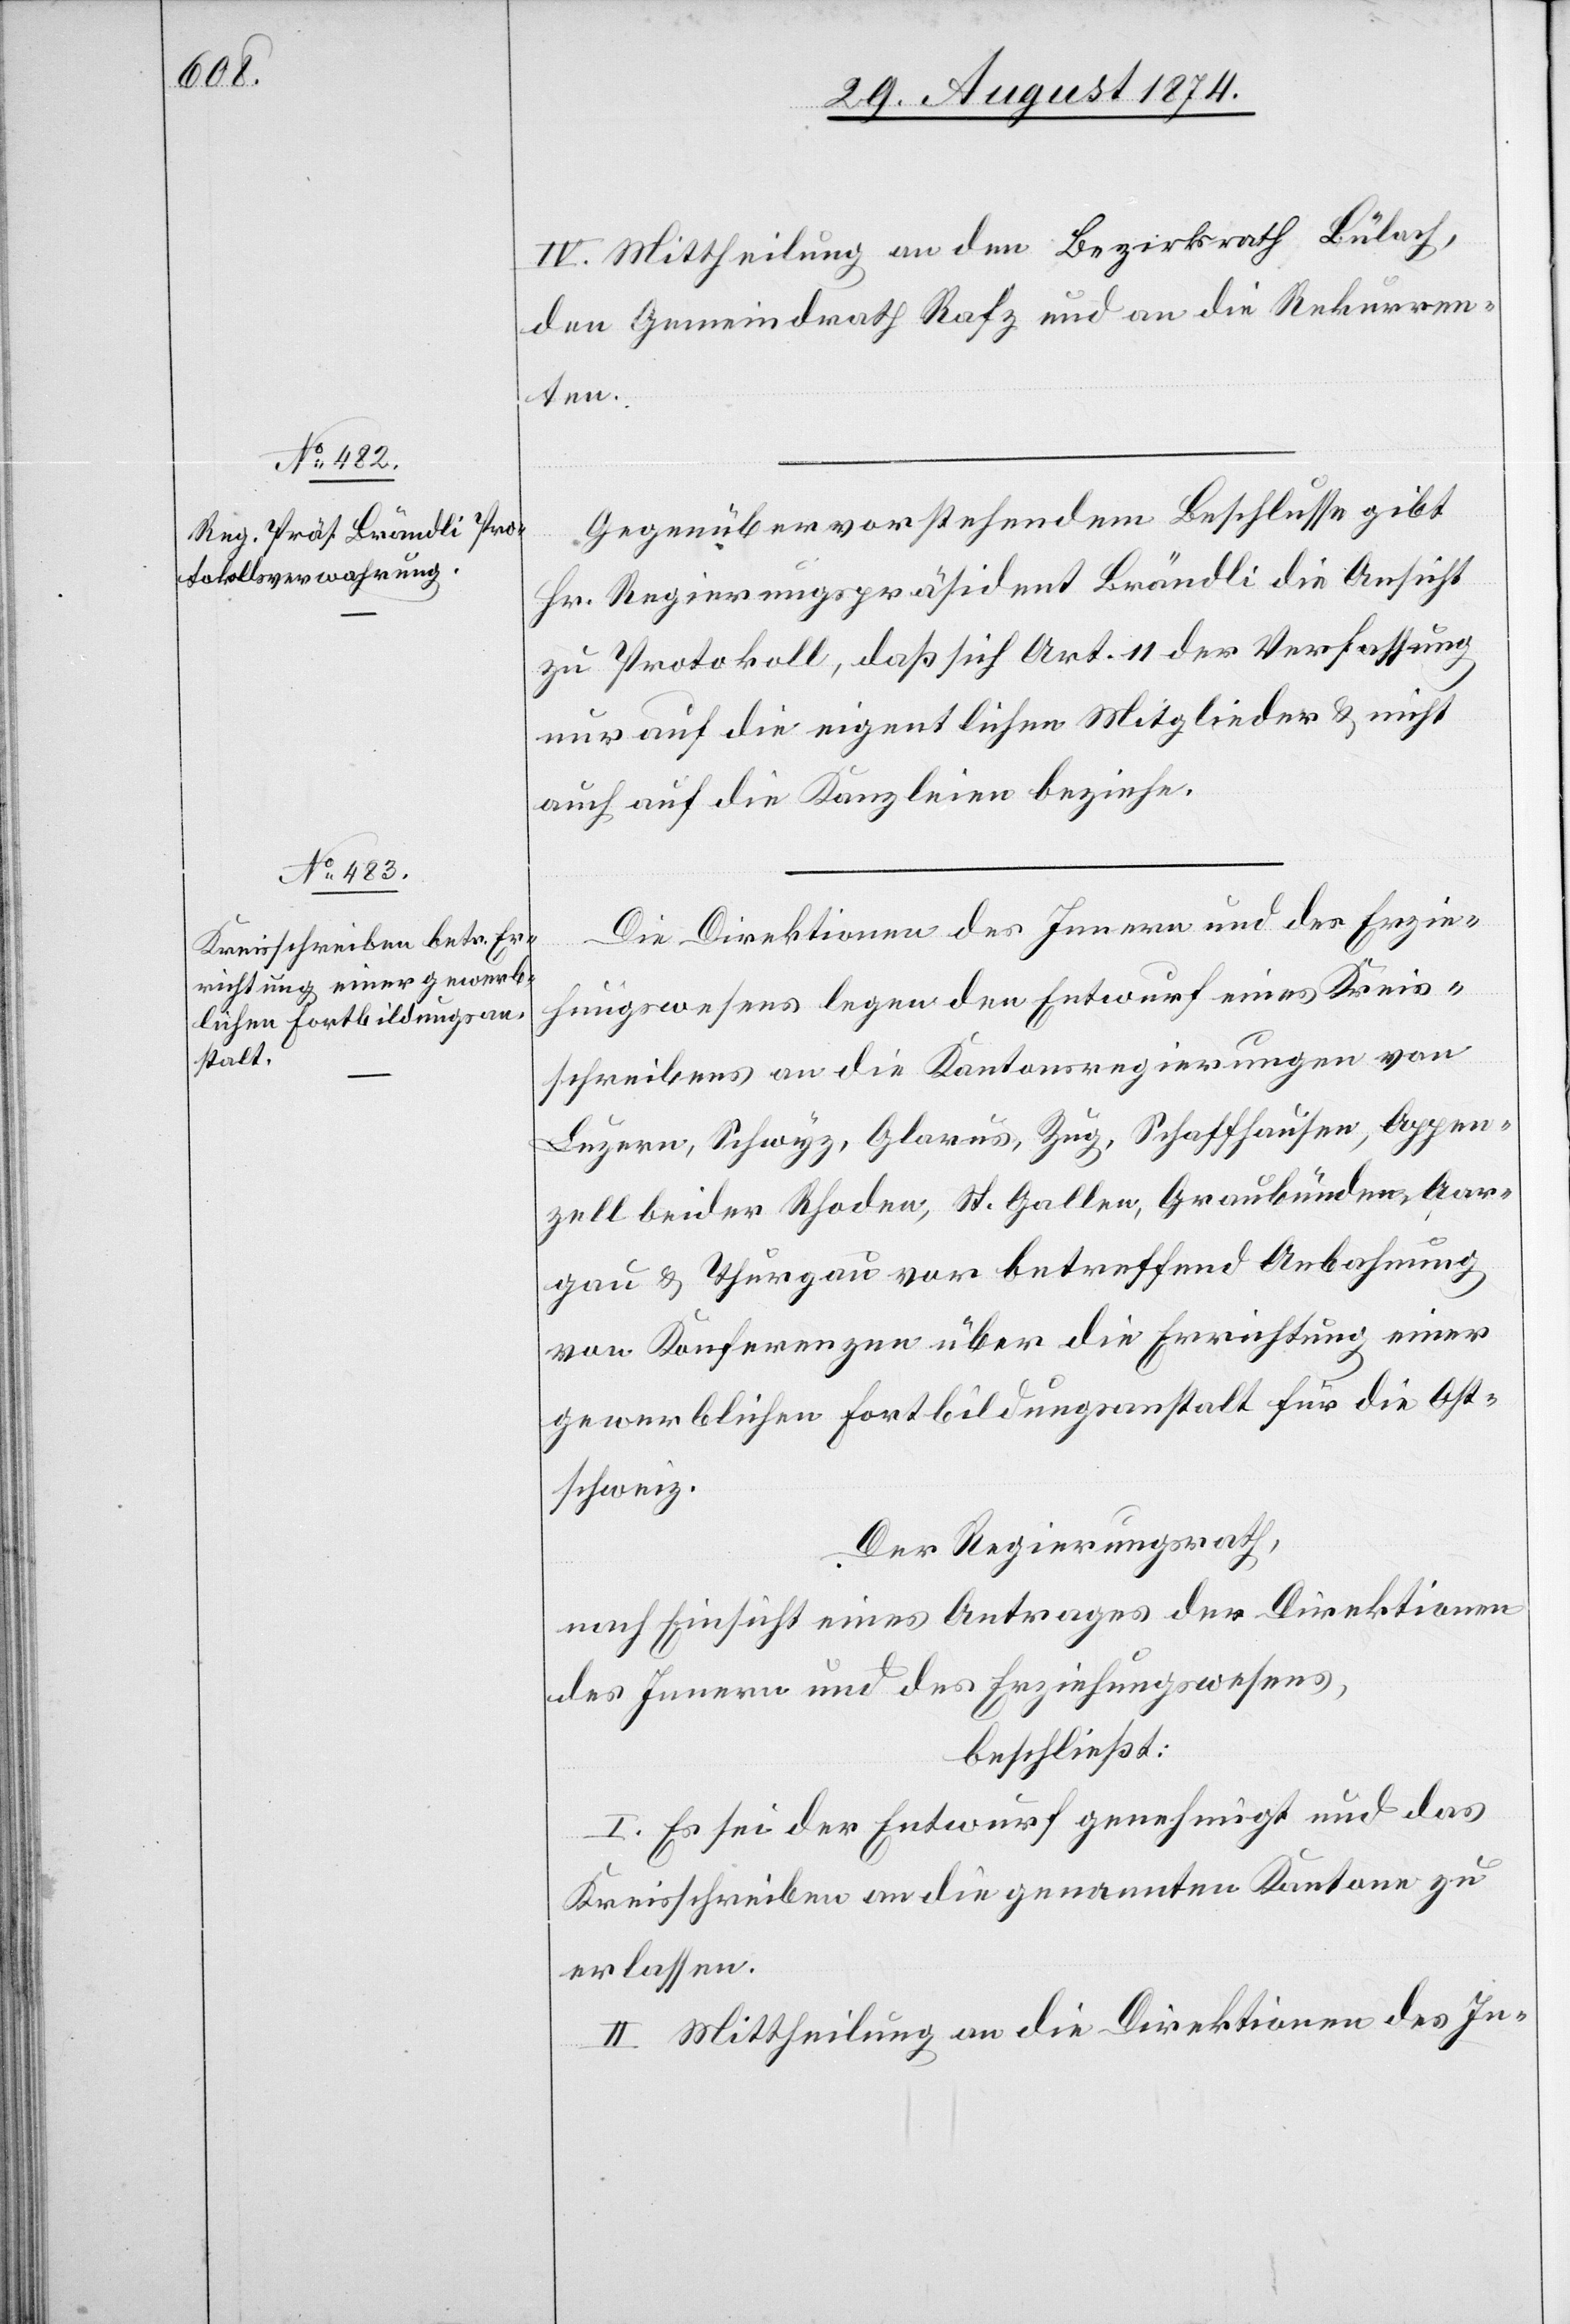
IV. Mittheilung an den Bezirksrath Bülach,
den Gemeindrath Rafz und an die Rekurren¬
ten.
Gegenüber vorstehendem Beschlusse gibt
Hr. Regierungspräsident Brändli die Ansicht
zu Protokoll, daß sich Art. 11 der Verfassung
nur auf die eigentlichen Mitglieder u. nicht
auch auf die Kanzleien beziehe.
Die Direktionen des Innern und des Erzie¬
hungswesens legen den Entwurf eines Kreis¬
schreibens an die Kantonsregierungen von
Luzern, Schwyz, Glarus, Zug, Schaffhausen, Appen¬
zell beider Rhoden, St. Gallen, Graubünden, Aar¬
gau u. Thurgau vor betreffend Anbahnung
von Konferenzen über die Errichtung einer
gewerblichen Fortbildungsanstalt für die Ost¬
schweiz.
Der Regierungsrath,
nach Einsicht eines Antrages der Direktion
des Innern und des Erziehungswesens,
beschließt:
I. Es sei der Entwurf genehmigt und das
Kreisschreiben an die genannten Kantone zu
erlassen.
II. Mittheilung an die Direktionen des In-